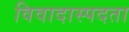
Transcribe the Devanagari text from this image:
विवादास्पदता